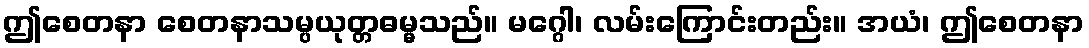
ဤစေတနာ စေတနာသမ္ပယုတ္တဓမ္မသည်။ မဂ္ဂေါ၊ လမ်းကြောင်းတည်း။ အယံ၊ ဤစေတနာ